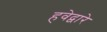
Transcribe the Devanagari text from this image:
हवेद्वारे